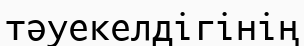
тәуекелдігінің